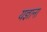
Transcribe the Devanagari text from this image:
यज्ञाना